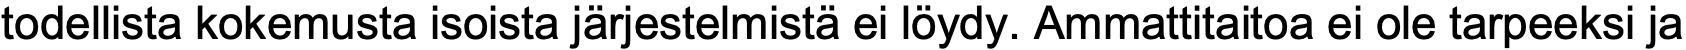
todellista kokemusta isoista järjestelmistä ei löydy. Ammattitaitoa ei ole tarpeeksi ja